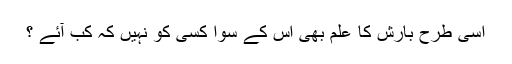
اسی طرح بارش کا علم بھی اس کے سوا کسی کو نہیں کہ کب آئے ؟